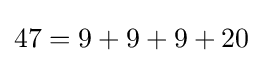
47=9+9+9+20